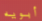
أبويه